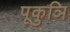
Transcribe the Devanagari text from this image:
पूकुञि